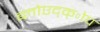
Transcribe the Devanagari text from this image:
ब्लोएद्क्ोप